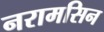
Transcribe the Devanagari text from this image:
नरामसिन